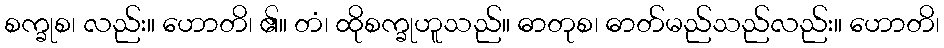
စက္ခုစ၊ လည်း။ ဟောတိ၊ ၏။ တံ၊ ထိုစက္ခုဟူသည်။ ဓာတုစ၊ ဓာတ်မည်သည်လည်း။ ဟောတိ၊